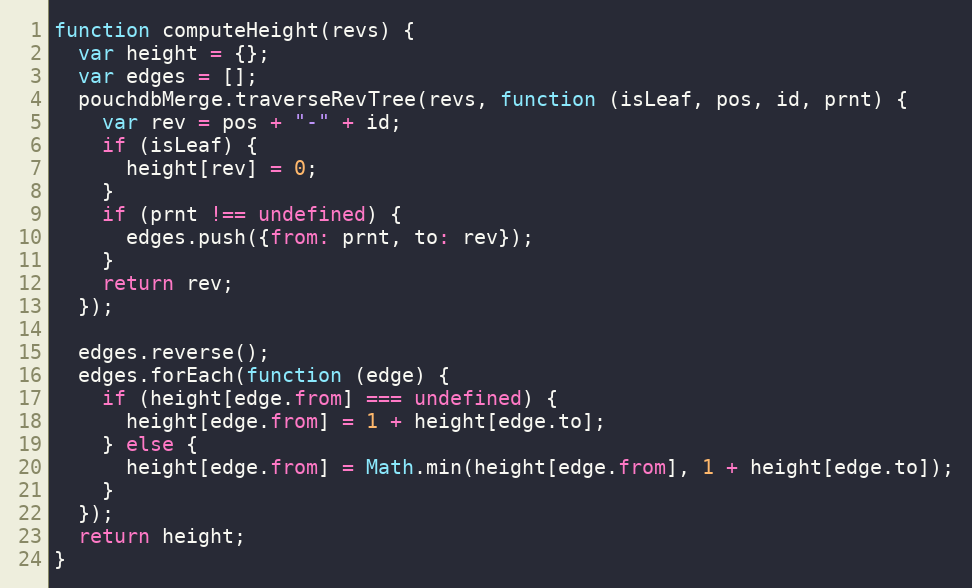
Language: JavaScript
function computeHeight(revs) {
  var height = {};
  var edges = [];
  pouchdbMerge.traverseRevTree(revs, function (isLeaf, pos, id, prnt) {
    var rev = pos + "-" + id;
    if (isLeaf) {
      height[rev] = 0;
    }
    if (prnt !== undefined) {
      edges.push({from: prnt, to: rev});
    }
    return rev;
  });

  edges.reverse();
  edges.forEach(function (edge) {
    if (height[edge.from] === undefined) {
      height[edge.from] = 1 + height[edge.to];
    } else {
      height[edge.from] = Math.min(height[edge.from], 1 + height[edge.to]);
    }
  });
  return height;
}